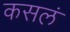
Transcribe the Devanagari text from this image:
कसलं